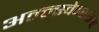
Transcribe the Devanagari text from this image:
अल्ल्स्वेन्स्कन